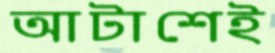
আটাশেই